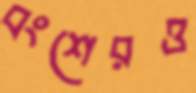
বংশেরও